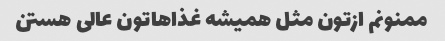
ممنونم ازتون مثل همیشه غذاهاتون عالی هستن